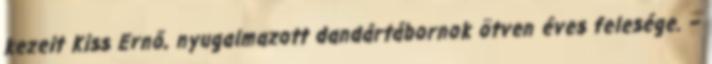
kezeit Kiss Ernő, nyugalmazott dandártábornok ötven éves felesége. –